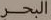
البحر